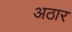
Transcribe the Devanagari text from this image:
अठार